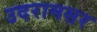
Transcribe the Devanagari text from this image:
उदरामसर